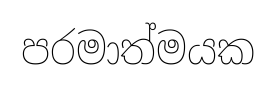
පරමාත්මයක